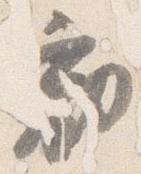
勧